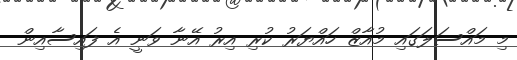
މި މައްސަލަގައި މުއާޒް ހައްޔަރު ކުރި އިރު އޭނާ ވަނީ އެ ފައިސާއިން